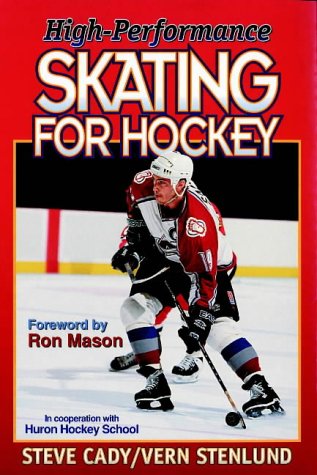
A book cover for High-Performance Skating for Hockey; Steve Cady; Sports & Outdoors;